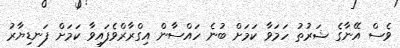
ވެސް އޭނާގެ ޝަރުތު ހަމަވާ ކަމަށް ބުނެ ހައްސާން އިގްރާރްވެފައިވާ ކަމަށް ފަނޑިޔާރު